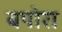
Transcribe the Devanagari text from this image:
बपोरा